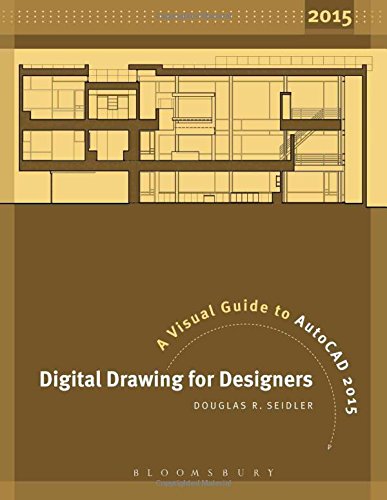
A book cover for Digital Drawing for Designers: A Visual Guide to AutoCAD 2015; Douglas R. Seidler; Engineering & Transportation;